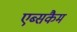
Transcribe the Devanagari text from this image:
एब्सकैम